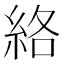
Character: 絡